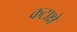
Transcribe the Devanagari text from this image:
कटाक्षे